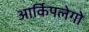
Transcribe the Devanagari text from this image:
आर्किपलेगो